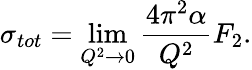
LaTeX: \sigma_{tot}=\operatorname*{lim}_{Q^{2}\rightarrow 0}\frac{4\pi^{2}\alpha}{Q^{2}}F_{2}.